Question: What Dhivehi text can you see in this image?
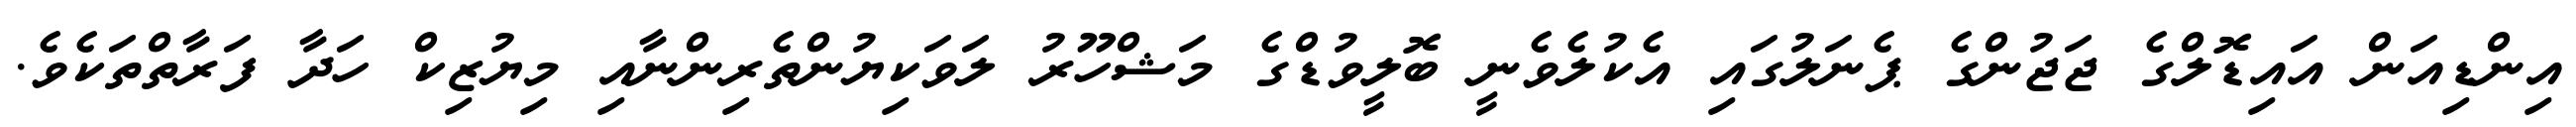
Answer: އިންޑިއަން އައިޑޮލްގެ ޖަޖުންގެ ޕެނަލުގައި އެކުލެވެނީ ބޮލީވުޑްގެ މަޝްހޫރު ލަވަކިޔުންތެރިންނާއި މިޔުޒިކް ހަދާ ފަރާތްތަކެވެ.